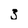
Character: 3